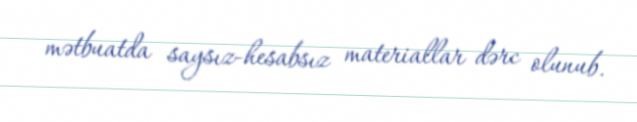
mətbuatda saysız-hesabsız materiallar dərc olunub.